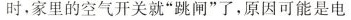
时，家里的空气开关就”跳闸”了，原因可能是电